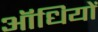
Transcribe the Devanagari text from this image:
ऑधियों